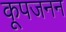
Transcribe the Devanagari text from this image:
कूपजनन